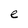
Character: e